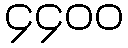
၄၄၀၀